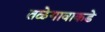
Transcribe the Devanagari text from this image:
तळेगावाकडे